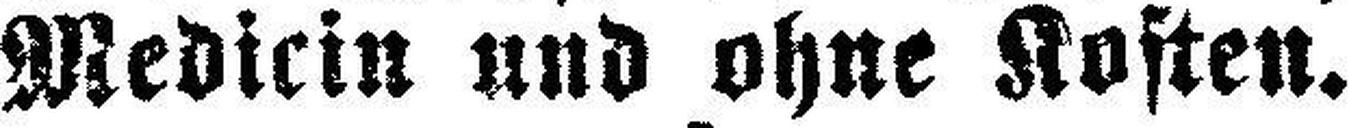
Medicin und ohne Kosten.